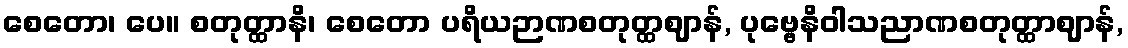
စေတော၊ ပေ။ စတုတ္ထာနိ၊ စေတော ပရိယဉာဏစတုတ္ထဈာန်, ပုဗ္ဗေနိဝါသညာဏစတုတ္ထာဈာန်,